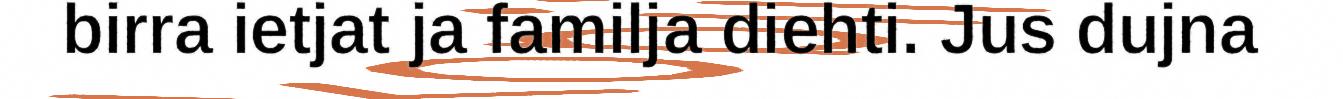
birra ietjat ja familja diehti. Jus dujna